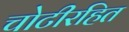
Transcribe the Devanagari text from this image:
चोटीरहित